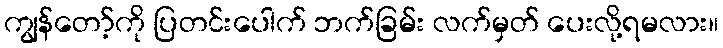
ကျွန်တော့်ကို ပြတင်းပေါက် ဘက်ခြမ်း လက်မှတ် ပေးလို့ရမလား။